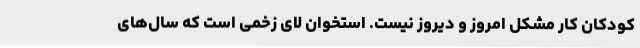
کودکان کار مشکل امروز و دیروز نیست. استخوان لای زخمی است که سال‌های